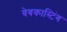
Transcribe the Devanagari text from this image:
वेबकास्टिंग